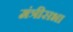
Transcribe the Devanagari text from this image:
मंत्रीसभा